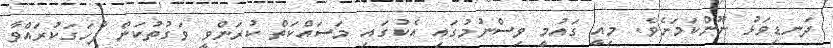
ދަނޑިވަޅު ނޫންކަމަށެވެ. މިއީ ގައުމީ ވިސްނުމުގައި އެކުގައި މަސައްކަތް ކުރަންވީ ވަގުތުކަން ފާހަގަކުރައްވާ